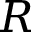
R